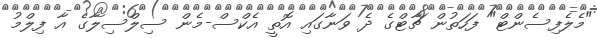
"މެލެފިސެންޓް" ފަހަތުން ޗާޓްގެ ދެ ވަނާގައި އޮތީ އެކްސް-މެން ސިލްސިލާގެ އާ ފިލްމު